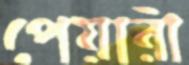
পেয়ারী